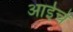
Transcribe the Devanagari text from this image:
अाईचे